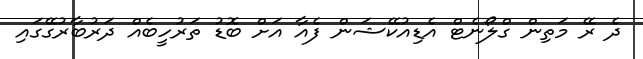
ދެ ރޭ މަތިން ގްލޯނެޓް އެޑިއުކޭޝަން ފެއާ އަށް ބޮޑު ތަރުހީބެއް ދަރުބާރުގޭގައި